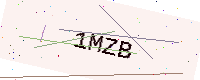
Text: 1MZB